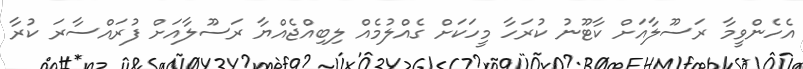
އެހެންވީމާ ރަސޫލާއަށް ކާޓޫނު ކުރަހާ މީހަކަށް ގެއްލުމެއް ލިބިއްޖެއްޔާ ރަސޫލާއަށް ފުރައްސާރަ ކުރާ